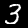
Label: 3